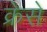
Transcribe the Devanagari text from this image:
क्रेसे